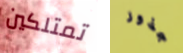
تمتلكين جذور